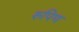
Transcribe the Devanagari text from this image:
रुपिण